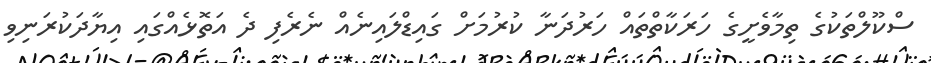
ސްކޫލްތަކުގެ ތިމާވެށީގެ ހަރަކާތްތައް ހަރުދަނާ ކުރުމަށް ގައިޑްލައިނެއް ނެރެފި ދެ އަތޮޅެއްގައި އިޔާދަކުރަނިވި